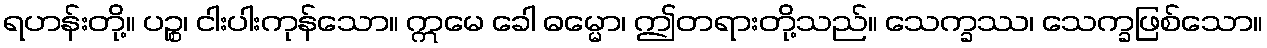
ရဟန်းတို့။ ပဉ္စ၊ ငါးပါးကုန်သော။ ဣမေ ခေါ ဓမ္မော၊ ဤတရားတို့သည်။ သေက္ခဿ၊ သေက္ခဖြစ်သော။